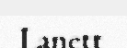
Lanett